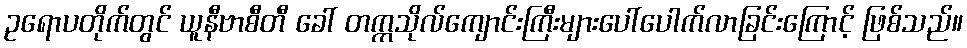
ဥရောပတိုက်တွင် ယူနီဗာစီတီ ခေါ် တက္ကသိုလ်ကျောင်းကြီးများပေါ်ပေါက်လာခြင်းကြောင့် ဖြစ်သည်။